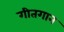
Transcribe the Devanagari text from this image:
गीतगान